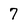
Character: 7